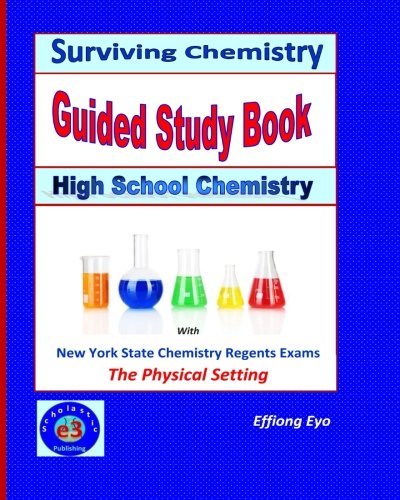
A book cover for Surviving Chemistry Guided Study Book: High School Chemistry: 2015 Revision - with NYS Chemistry Regents Exams: The Physical Setting; Effiong Eyo; Test Preparation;